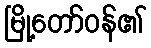
မြို့တော်ဝန်၏